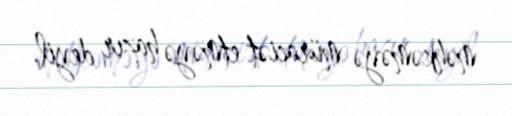
məhkəməyə müraciət etməyə hazır deyil.